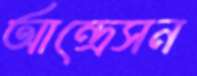
আন্দ্রেসন